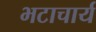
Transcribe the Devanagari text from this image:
भटाचार्य